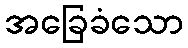
အခြေခံသော